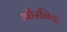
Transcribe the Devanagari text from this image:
औरनिक